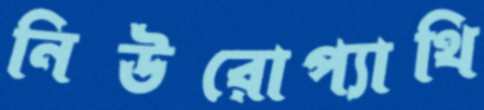
নিউরোপ্যাথি